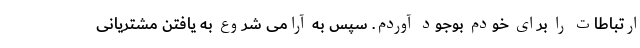
ارتباطات را برای خودم بوجود آوردم. سپس به آرامی شروع به یافتن مشتریانی